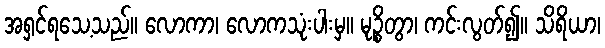
အရှင်ရသေ့သည်။ လောကာ၊ လောကသုံးပါးမှ။ မုဉ္စိတွာ၊ ကင်းလွတ်၍။ သိရိယာ၊